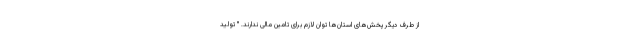
از طرف دیگر پخش‌های استان‌ها توان لازم برای تامین مالی ندارند. " تولید